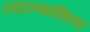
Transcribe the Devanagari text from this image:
लाटल्याविना